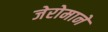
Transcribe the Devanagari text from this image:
जेरोमाने